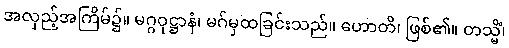
အလှည့်အကြိမ်၌။ မဂ္ဂဝုဋ္ဌာနံ၊ မဂ်မှထခြင်းသည်။ ဟောတိ၊ ဖြစ်၏။ တသ္မိံ၊